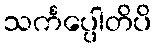
သင်္ကပ္ပေါတိပိ